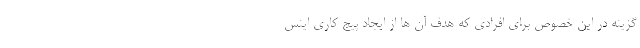
گزینه در این خصوص برای افرادی که هدف آن ها از ایجاد پیج کاری اینس